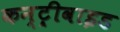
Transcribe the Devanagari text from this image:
कन्ट्रीवाइड